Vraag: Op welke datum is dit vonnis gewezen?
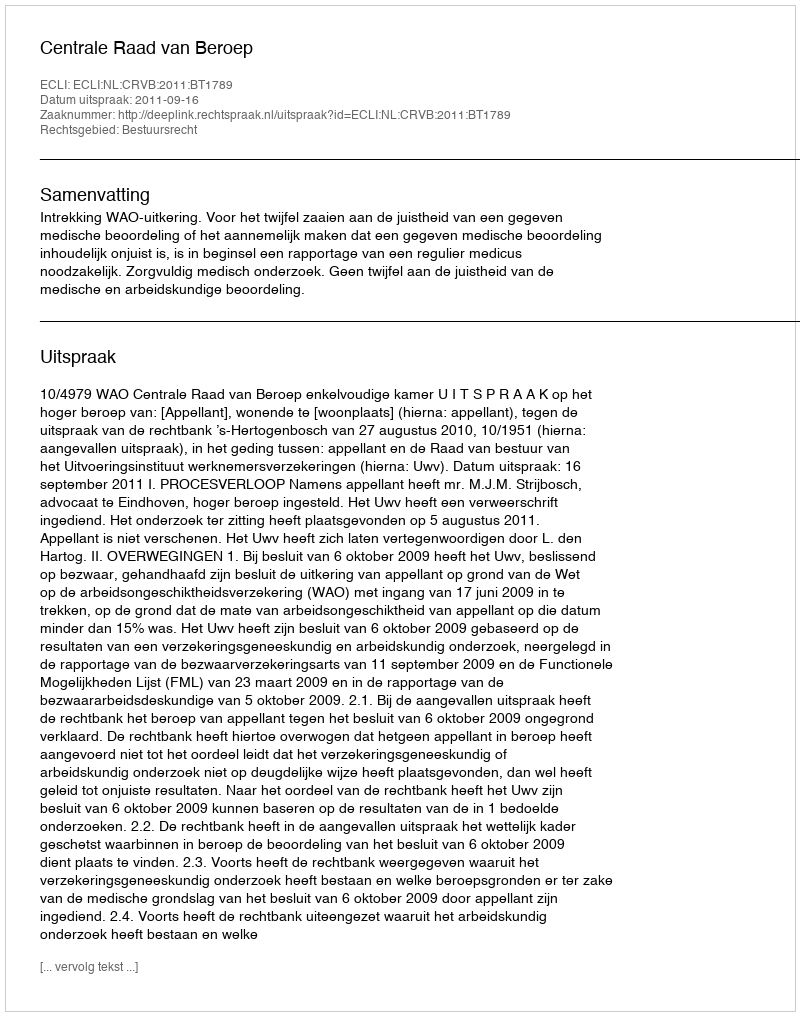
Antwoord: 2011-09-16